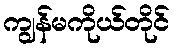
ကျွန်မကိုယ်တိုင်